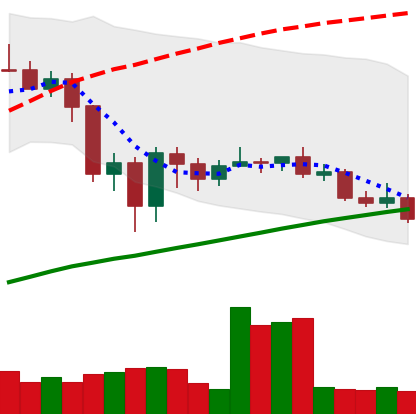
Ticker: LINK-USD
Chart end date: 2020-09-18
Forward return: -23.601%
Label: down_7plus